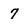
Character: 7